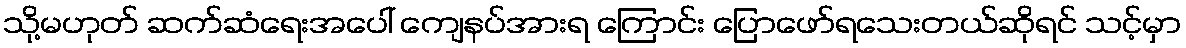
သို့မဟုတ် ဆက်ဆံရေးအပေါ် ကျေနပ်အားရ ကြောင်း ပြောဖော်ရသေးတယ်ဆိုရင် သင့်မှာ